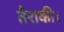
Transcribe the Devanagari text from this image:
तैराकी।